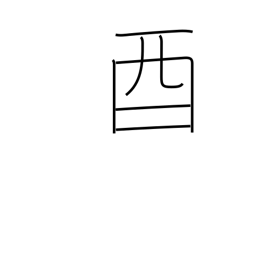
Meaning: 5-7PM